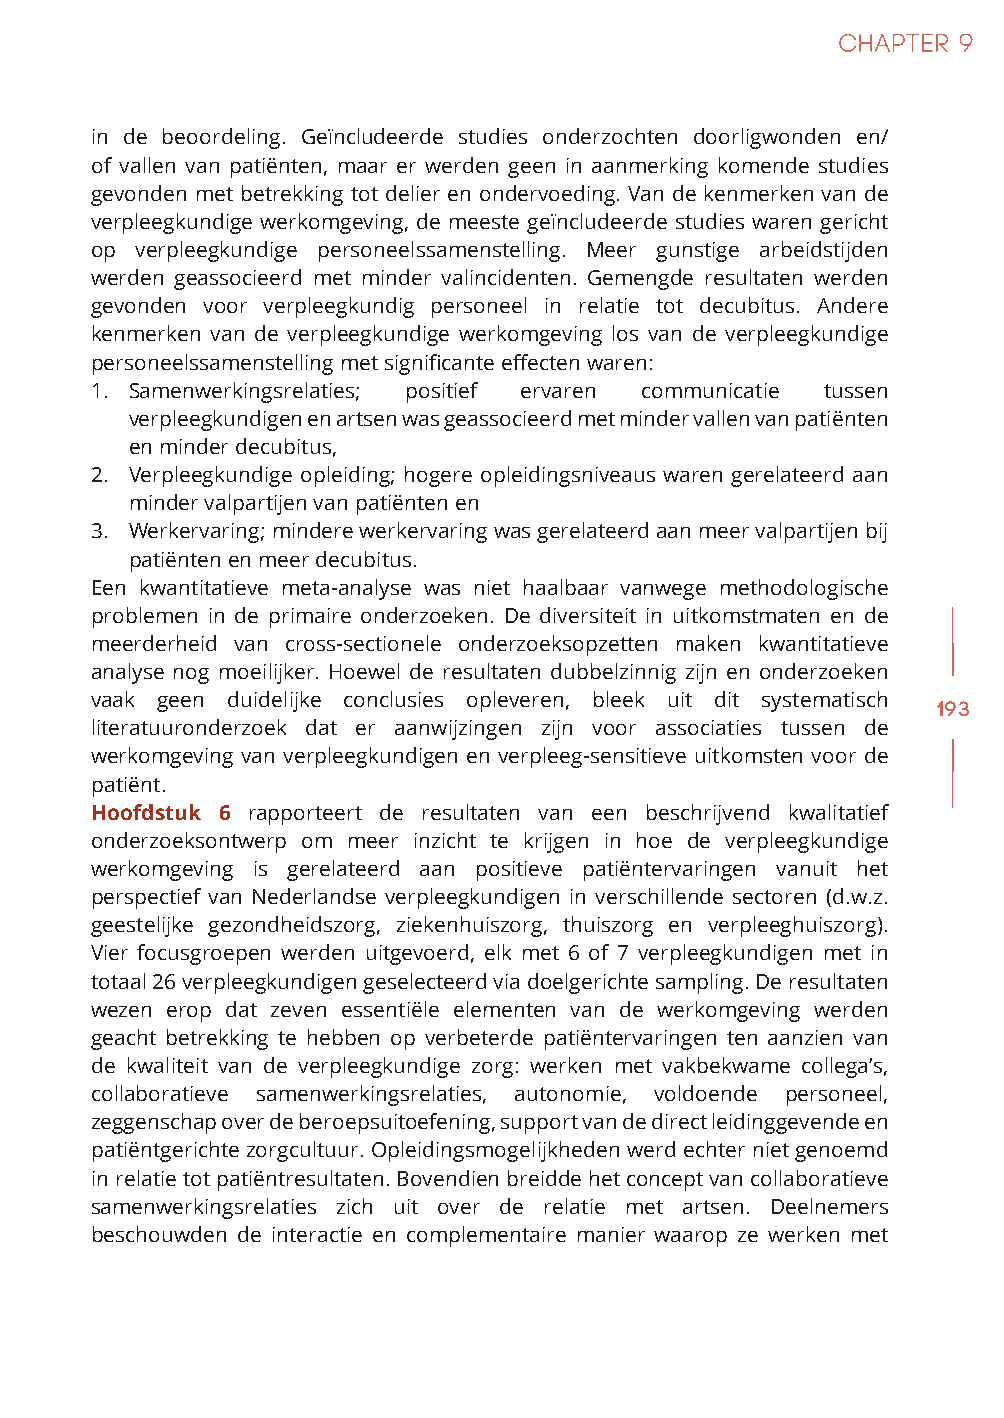
in de beoordeling. Geïncludeerde studies onderzochten doorligwonden en/
 of vallen van patiënten, maar er werden geen in aanmerking komende studies
 gevonden met betrekking tot delier en ondervoeding. Van de kenmerken van de
 verpleegkundige werkomgeving, de meeste geïncludeerde studies waren gericht
 op verpleegkundige personeelssamenstelling. Meer gunstige arbeidstijden
 werden geassocieerd met minder valincidenten. Gemengde resultaten werden
 gevonden voor verpleegkundig personeel in relatie tot decubitus. Andere
 kenmerken van de verpleegkundige werkomgeving los van de verpleegkundige
 personeelssamenstelling met significante effecten waren:
 1. Samenwerkingsrelaties; positief ervaren communicatie tussen
 verpleegkundigen en artsen was geassocieerd met minder vallen van patiënten
 en minder decubitus,
 2. Verpleegkundige opleiding; hogere opleidingsniveaus waren gerelateerd aan
 minder valpartijen van patiënten en
 3. Werkervaring; mindere werkervaring was gerelateerd aan meer valpartijen bij
 patiënten en meer decubitus.
 Een kwantitatieve meta-analyse was niet haalbaar vanwege methodologische
 problemen in de primaire onderzoeken. De diversiteit in uitkomstmaten en de
 meerderheid van cross-sectionele onderzoeksopzetten maken kwantitatieve
 analyse nog moeilijker. Hoewel de resultaten dubbelzinnig zijn en onderzoeken
 vaak geen duidelijke conclusies opleveren, bleek uit dit systematisch
 193
 literatuuronderzoek dat er aanwijzingen zijn voor associaties tussen de
 werkomgeving van verpleegkundigen en verpleeg-sensitieve uitkomsten voor de
 patiënt.
 Hoofdstuk 6 rapporteert de resultaten van een beschrijvend kwalitatief
 onderzoeksontwerp om meer inzicht te krijgen in hoe de verpleegkundige
 werkomgeving is gerelateerd aan positieve patiëntervaringen vanuit het
 perspectief van Nederlandse verpleegkundigen in verschillende sectoren (d.w.z.
 geestelijke gezondheidszorg, ziekenhuiszorg, thuiszorg en verpleeghuiszorg).
 Vier focusgroepen werden uitgevoerd, elk met 6 of 7 verpleegkundigen met in
 totaal 26 verpleegkundigen geselecteerd via doelgerichte sampling. De resultaten
 wezen erop dat zeven essentiële elementen van de werkomgeving werden
 geacht betrekking te hebben op verbeterde patiëntervaringen ten aanzien van
 de kwaliteit van de verpleegkundige zorg: werken met vakbekwame collega’s,
 collaboratieve samenwerkingsrelaties, autonomie, voldoende personeel,
 zeggenschap over de beroepsuitoefening, support van de direct leidinggevende en
 patiëntgerichte zorgcultuur. Opleidingsmogelijkheden werd echter niet genoemd
 in relatie tot patiëntresultaten. Bovendien breidde het concept van collaboratieve
 samenwerkingsrelaties zich uit over de relatie met artsen. Deelnemers
 beschouwden de interactie en complementaire manier waarop ze werken met